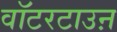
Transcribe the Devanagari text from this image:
वॉटरटाउऩ